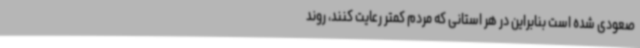
صعودی شده است بنابراین در هر استانی که مردم کمتر رعایت کنند، روند